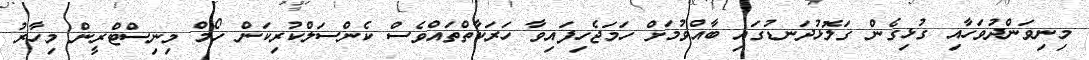
މިނިވަންދުވަހާއި ގުޅިގެން ގަލޮޅުދަނޑުގައި ބާއްވުމަށް ހަމަޖެހިފައިވާ ހަރަކާތްތައްވެސް ކެންސަލްކުރިކަން ހޯމް މިނިސްޓްރީން މިހާރު